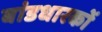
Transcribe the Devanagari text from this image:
बांडधारकों